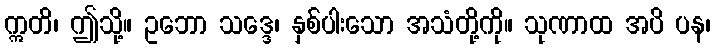
ဣတိ၊ ဤသို့။ ဥဘော သဒ္ဒေ၊ နှစ်ပါးသော အသံတို့ကို။ သုဏာထ အပိ ပန၊